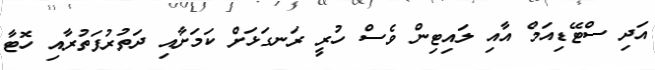
އަދި ސްޓޭޑިއަމް އާއި ލައިޓިން ވެސް ހުރީ ރަނގަޅަށް ކަމަށާއި ދަތުރުފަތުރާއި ހޮޓާ